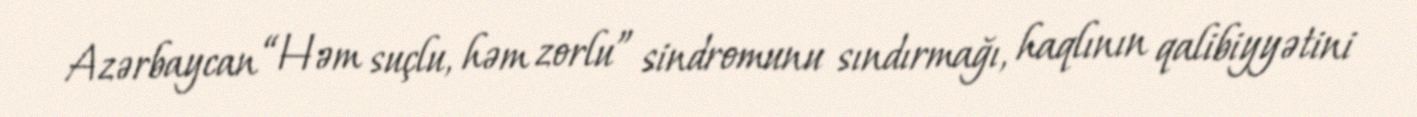
Azərbaycan “Həm suçlu, həm zorlu” sindromunu sındırmağı, haqlının qalibiyyətini